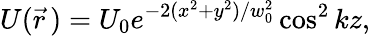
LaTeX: U(\vec{r}\, )=U_{0}e^{-2(x^{2}+y^{2})/w_{0}^{2}}\cos^{2}kz,